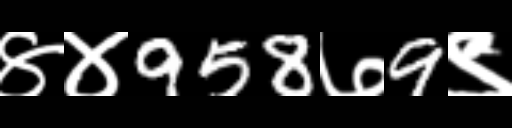
Text: ४४958७9९